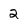
Character: 2